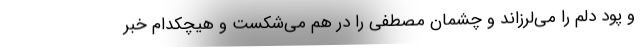
و پود دلم را می‌لرزاند و چشمان مصطفی را در هم می‌شکست و هیچکدام خبر